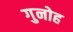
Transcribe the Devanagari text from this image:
गुनोह